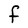
Character: F